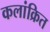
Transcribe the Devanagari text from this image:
कलांक्रित